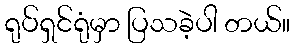
ရုပ်ရှင်ရုံမှာ ပြသခဲ့ပါ တယ်။